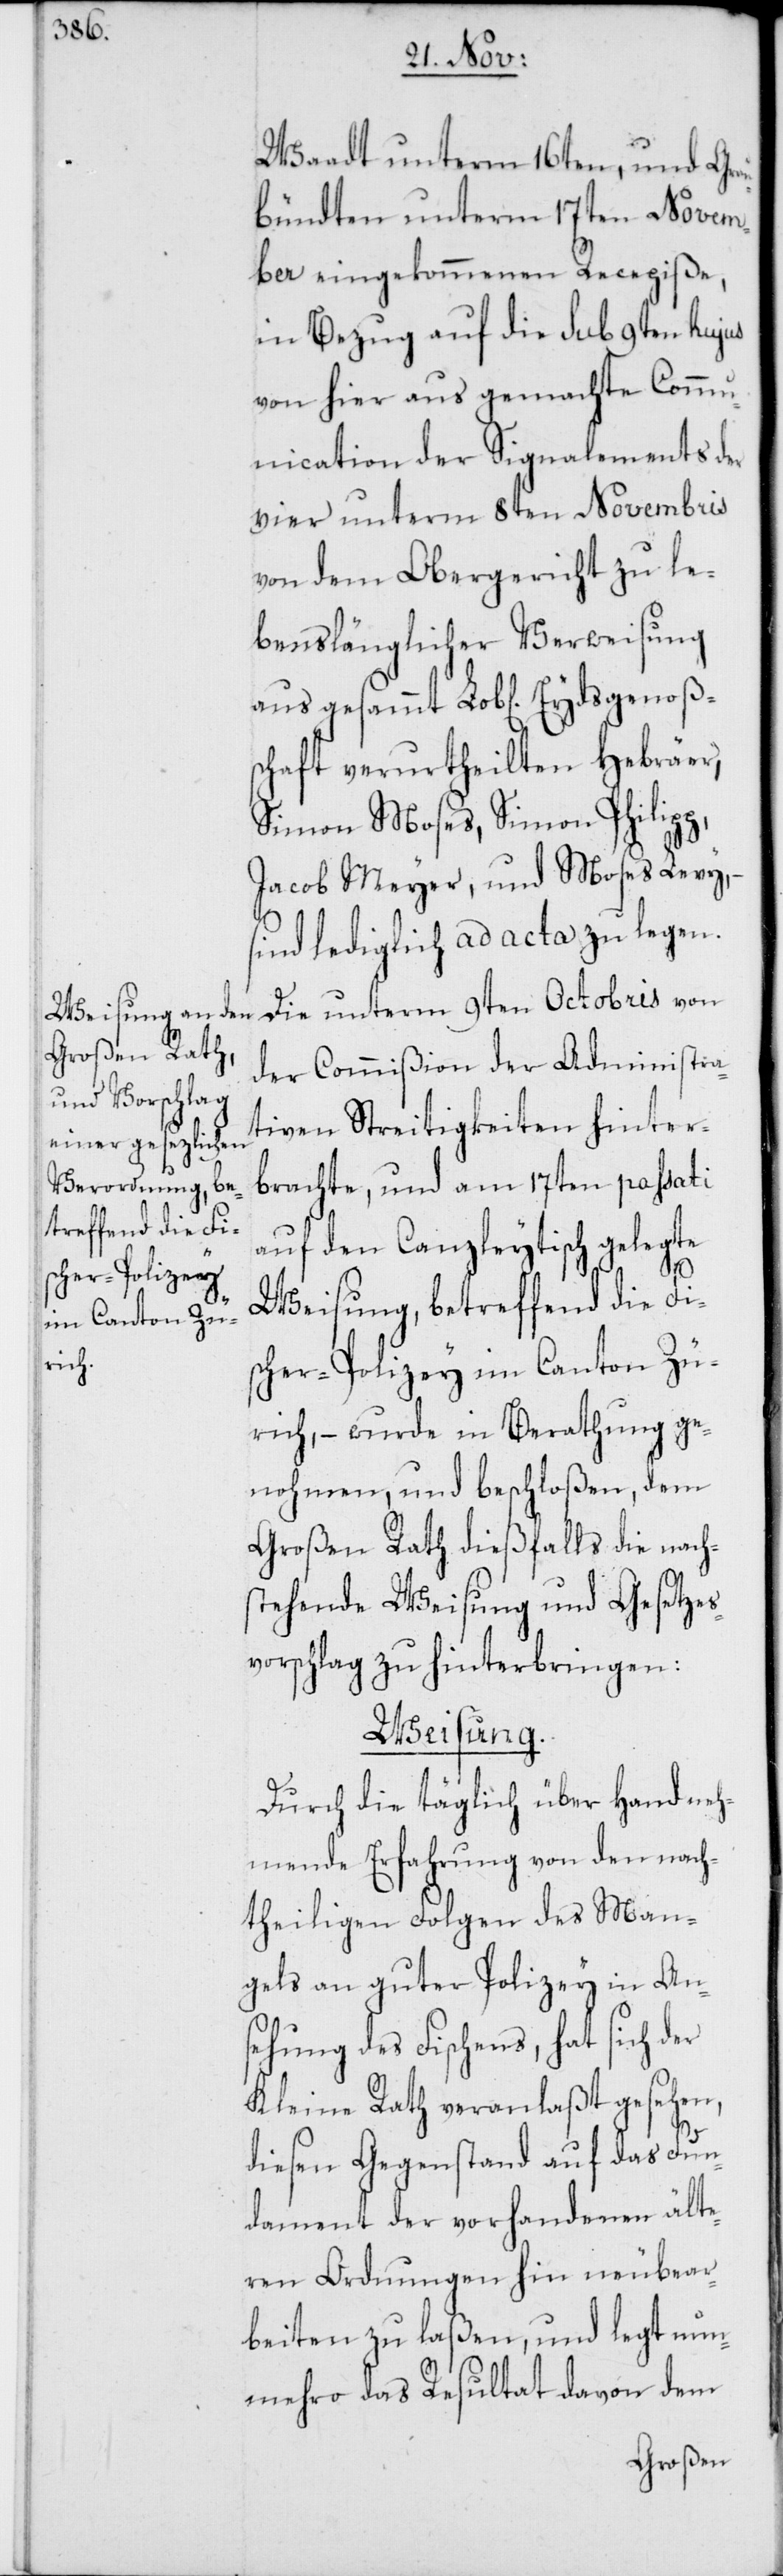
Waadt unterm 16ten, und Grau¬
bündten unterm 17ten Novem¬
ber eingekommenen Recepiße,
in Bezug auf die sub 9ten hujus
von hier aus gemachte Comm¬
unication der Signalements der
vier unterm 8ten Novembris
von dem Obergericht zu le¬
benslänglicher Verweisung
schaft verurtheilten Hebräer,
Simon Moses, Simon Philipp,
Jacob Meyer und Moses Levy,
sind lediglich ad acta zu legen.
Die unterm 9ten Octobris von
der Commißion der Administra¬
tiven Streitigkeiten hinter¬
brachte, und am 17ten passati
auf den Canzleytisch gelegte
Ey¬
Weisung, betreffend die Fi¬
scher-Polizey im Canton Zü¬
rich, – wurde in Berathung ge¬
nohmen, und beschloßen, dem
Großen Rath dießfalls die nach¬
stehende Weisung und Gesetzes¬
vorschlag zu hinterbringen:
Weisung.
Durch die täglich über Hand neh¬
mende Erfahrung von den nach¬
theiligen Folgen des Man¬
gels an guter Polizey in An¬
sehung des Fischens, hat sich der
Kleine Rath veranlaßt gesehen,
diesen Gegenstand auf das Fun¬
dament der vorhandenen älte¬
ren Ordnungen hin neuüberar¬
beiten zu laßen, und legt nun¬
mehro das Resultat davon dem
dsgenoßen¬